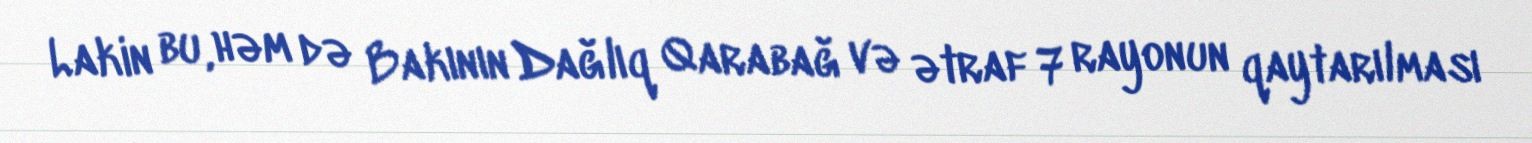
Lakin bu, həm də Bakının Dağlıq Qarabağ və ətraf 7 rayonun qaytarılması